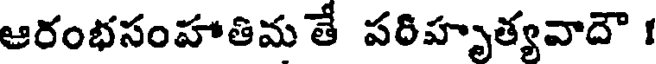
ఆరంభసంహాతిమ తే పరిహృత్యవాదౌ ।